Bulletin of the Pasteur Institute of Southern India, Coonoor - No. 1.
Year: 1908
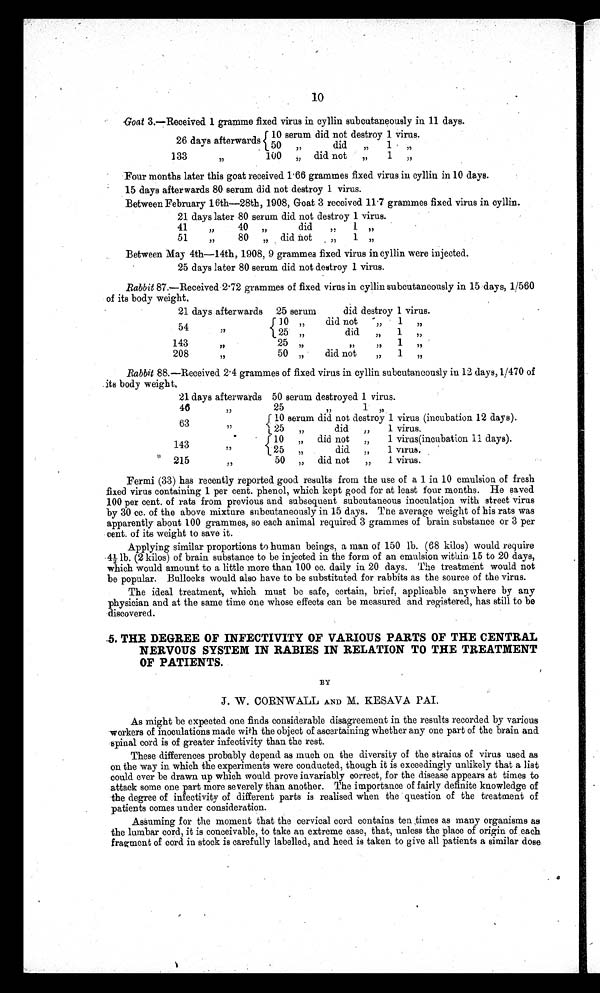
10
Goat 3.—Received 1 gramme fixed virus in cyllin subcutaneously in 11 days.
26 days afterwards 10 serum did not destroy 1 virus.
50
did
1
133 100
did not
1
' Four months later this goat received 1 . 66 grammes fixed virus in eyllin in 10 days.
15 days afterwards 80 serum Mid not destroy 1 virus.
Between February 16th---28th, 1908, Goat 3 received 11 .7 grammes fixed virus in cyllin.
21 days later 80 serum did not destroy 1 virus.
41
)
40 ,,
did
„
1 „
51
80
/
did not ,, 1
Between May 4th-14th, 1908, 9 grammes fixed virus in cyllin were injected.
25 days later 80 serum did not destroy 1 virus.
Rabbit 87.—Received '2 .72 grammes of fixed virus in cyllin subcutaneously in 15 days, 1/560
of its body weight,
21 days afterward
25 serum did destory 1 virus
54 10
did not
1
25
did
1
143
25
1
208
50
did not
1
Rabbit 88.—Received 2 . 4 grammes of fixed virus in cyllin subcutaneously in 12 days, 1/470 of
its body weight,
21 days afterwards 50 serum destroyed 1 virus.
46
25
1
63
10 serum did not destroy 1 virus (incubation 12 days).
25
did
1 virus
143 10
did not
1virus(incubation 11 days).
25
did
1 virus
215
50 di d not 1vi rus.
Fermi (33) has recently reported good results from the use of a 1 in 10 emulsion of fresh
fixed virus containing 1 per cent. phenol, which kept good for at least four months. He saved
100 per cent. of rats from previous and subsequent subcutaneous inoculation with street virus
by 30 cc. of the above mixture subcutaneously in 15 days. The average weight of his rats was
apparently about 100 grammes, so each animal required 3 grammes of brain substance or 3 per
cent. of its weight to save it.
Applying similar proportions to human beings, a man of 150 lb. (68 kilos) would require
-4½- lb. (2 kilos) of brain substance to be injected in the form of an emulsion within 15 to 20 days,
which would amount to a little more than 100 cc. daily in 20 days. The treatment would not
be popular. Bullocks would also have to be substituted for rabbits as the source of the virus.
The ideal treatment, which must be safe, certain, brief, applicable any where by any
physician and at the same time one whose effects can be measured and registered, has still to be
discovered.
.5. THE DEGREE OF INFECTIVITY OF VARIOUS PARTS OF THE CENTRAL
NERVOUS SYSTEM IN RABIES IN RELATION TO THE TREATMENT
OF PATIENTS.
BY
J. W. CORNWALL AND M. KESAVA PAL
As might be expected one finds considerable disagreement in the results recorded by various
workers of inoculations made with the object of ascertaining whether any one part of the brain and
spinal cord is of greater infectivity than the rest.
These differences probably depend as much on the diversity of the strains of virus used as
on the way in which the experiments were conducted, though it is exceedingly unlikely that a list
could ever be drawn up which would prove invariably correct, for the disease appears at times to
attack some one part more severely than another. The importance of fairly definite knowledge of
the degree of infectivity of different parts is realised when the question of the treatment of
patients comes under consideration.
Assuming for the moment that the cervical cord contains ten times as many organisms as
the lumbar cord, it is conceivable, to take an extreme case, that, unless the place of origin of each
fragment of cord in stock is carefully labelled, and heed is taken to give all patients a similar dose